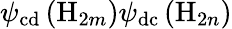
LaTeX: \psi_{\mathrm{cd}}\left(\mathrm{H}_{2m}\right)\psi_{\mathrm{dc}}\left(\mathrm{H}_{2n}\right)